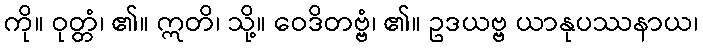
ကို။ ဝုတ္တံ၊ ၏။ ဣတိ၊ သို့။ ဝေဒိတဗ္ဗံ၊ ၏။ ဥဒယဗ္ဗ ယာနုပဿနာယ၊